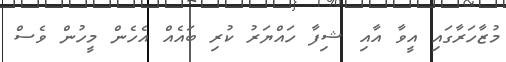
މުޒާހަރާގައި އީވާ އާއި ޝިފާ ހައްޔަރު ކުރި ބައެއް އެހެން މީހުން ވެސް